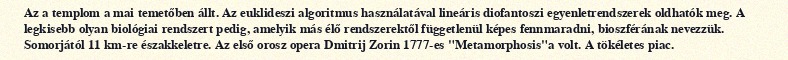
Az a templom a mai temetőben állt. Az euklideszi algoritmus használatával lineáris diofantoszi egyenletrendszerek oldhatók meg. A legkisebb olyan biológiai rendszert pedig, amelyik más élő rendszerektől függetlenül képes fennmaradni, bioszférának nevezzük. Somorjától 11 km-re északkeletre. Az első orosz opera Dmitrij Zorin 1777-es "Metamorphosis"a volt. A tökéletes piac.